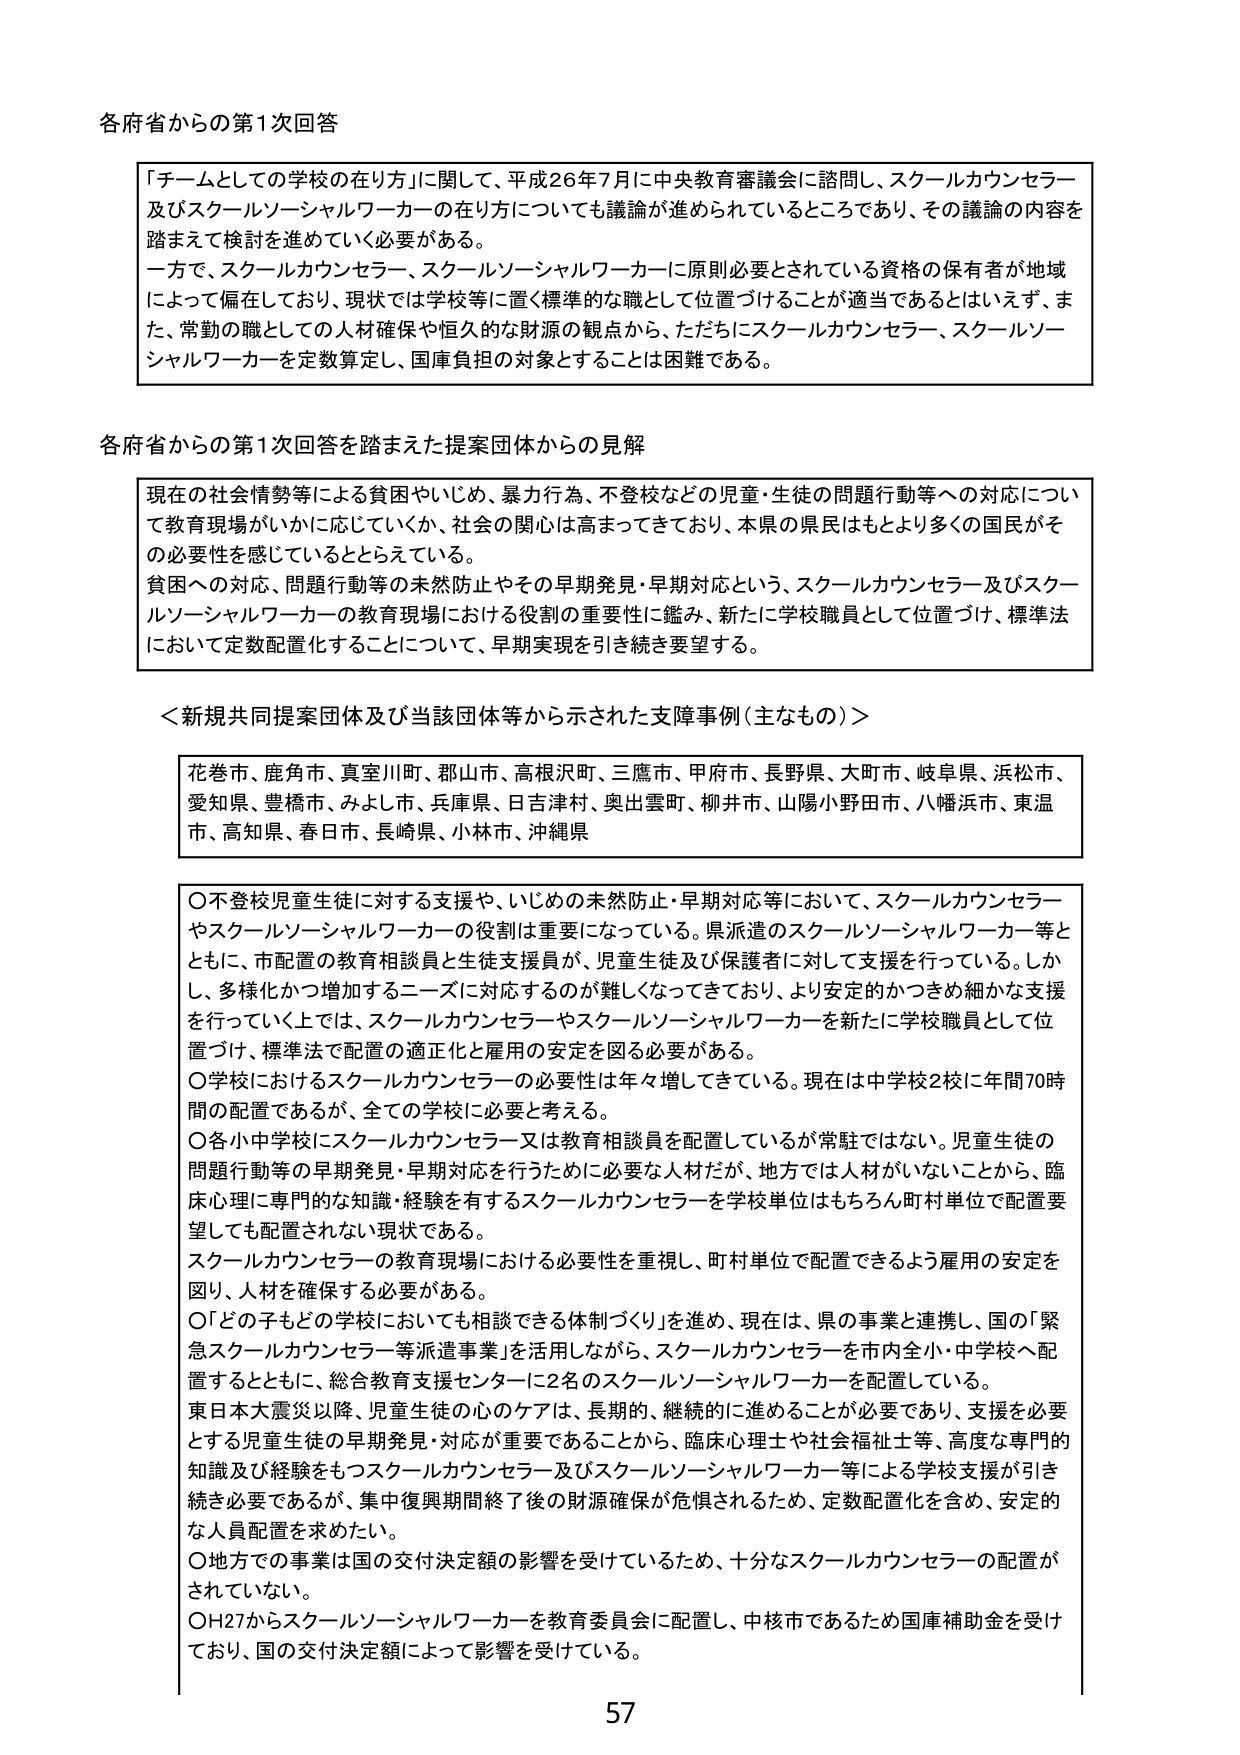
各府省からの第1次回答

「チームとしての学校の在り方」に関して、平成26年7月に中央教育審議会に諮問し、スクールカウンセラー及びスクールソーシャルワーカーの在り方についても議論が進められているところであり、その議論の内容を踏まえて検討を進めていく必要がある。
一方で、スクールカウンセラー、スクールソーシャルワーカーに原則必要とされている資格の保有者が地域によって偏在しており、現状では学校等に置く標準的な職として位置づけることが適当であるとはいえず、また、常勤の職としての人材確保や恒久的な財源の観点から、ただちにスクールカウンセラー、スクールソーシャルワーカーを定数算定し、国庫負担の対象とすることは困難である。

各府省からの第1次回答を踏まえた提案団体からの見解

現在の社会情勢等による貧困やいじめ、暴力行為、不登校などの児童・生徒の問題行動等への対応について教育現場がいかに応じていくか、社会の関心は高まってきており、本県の県民はもとより多くの国民がその必要性を感じているととらえている。
貧困への対応、問題行動等の未然防止やその早期発見・早期対応という、スクールカウンセラー及びスクールソーシャルワーカーの教育現場における役割の重要性に鑑み、新たに学校職員として位置づけ、標準法において定数配置化することについて、早期実現を引き続き要望する。

＜新規共同提案団体及び当該団体等から示された支障事例（主なもの）＞

花巻市、鹿角市、真室川町、郡山市、高根沢町、三鷹市、甲府市、長野県、大町市、岐阜県、浜松市、愛知県、豊橋市、みよし市、兵庫県、日吉津村、奥出雲町、柳井市、山陽小野田市、八幡浜市、東温市、高知県、春日町、長崎県、小林市、沖縄県

〇不登校児童生徒に対する支援や、いじめの未然防止・早期対応等において、スクールカウンセラーやスクールソーシャルワーカーの役割は重要になっている。県派遣のスクールソーシャルワーカー等とともに、市配置の教育相談員と生徒支援員が、児童生徒及び保護者に対して支援を行っている。しかし、多様化かつ増加するニーズに対応するのが難しくなってきており、より安定的かつきめ細かな支援を行って行く上では、スクールカウンセラーやスクールソーシャルワーカーを新たに学校職員として位置づけ、標準法で配置の適正化と雇用の安定を図る必要がある。
〇学校におけるスクールカウンセラーの必要性は年々増してきている。現在は中学校2校に年間70時間の配置であるが、全ての学校に必要と考える。
〇各小中学校にスクールカウンセラーや教育相談員を配置しているが常駐ではない。児童生徒の問題行動等の早期発見・早期対応を行うために必要な人材だが、地方では人材がいないことから、臨床心理に専門的な知識・経験を有するスクールカウンセラーを学校単位はもちろん町村単位で配置要望しても配置されない現状である。
スクールカウンセラーの教育現場における必要性を重視し、町村単位で配置できるよう雇用の安定を図り、人材を確保する必要がある。
〇「どの子もどの学校においても相談できる体制づくり」を進め、現在は、県の事業と連携し、国の「緊急スクールカウンセラー等派遣事業」を活用しながら、スクールカウンセラーを市内全小・中学校へ配置するとともに、総合教育支援センターに2名のスクールソーシャルワーカーを配置している。
東日本大震災以降、児童生徒の心のケアは、長期的、継続的に進めることが必要であり、支援を必要とする児童生徒の早期発見・対応が重要であることから、臨床心理士や社会福祉士等、高度な専門的知識及び経験をもつスクールカウンセラー及びスクールソーシャルワーカー等による学校支援が引き続き必要であるが、集中復興期間終了後の財源確保が危惧されるため、定数配置化を含め、安定的な人員配置を求めたい。
〇地方での事業は国の交付決定額の影響を受けているため、十分なスクールカウンセラーの配置がされていない。
〇H27からスクールソーシャルワーカーを教育委員会に配置し、中核市であるため国庫補助金を受けており、国の交付決定額によって影響を受けている。

57